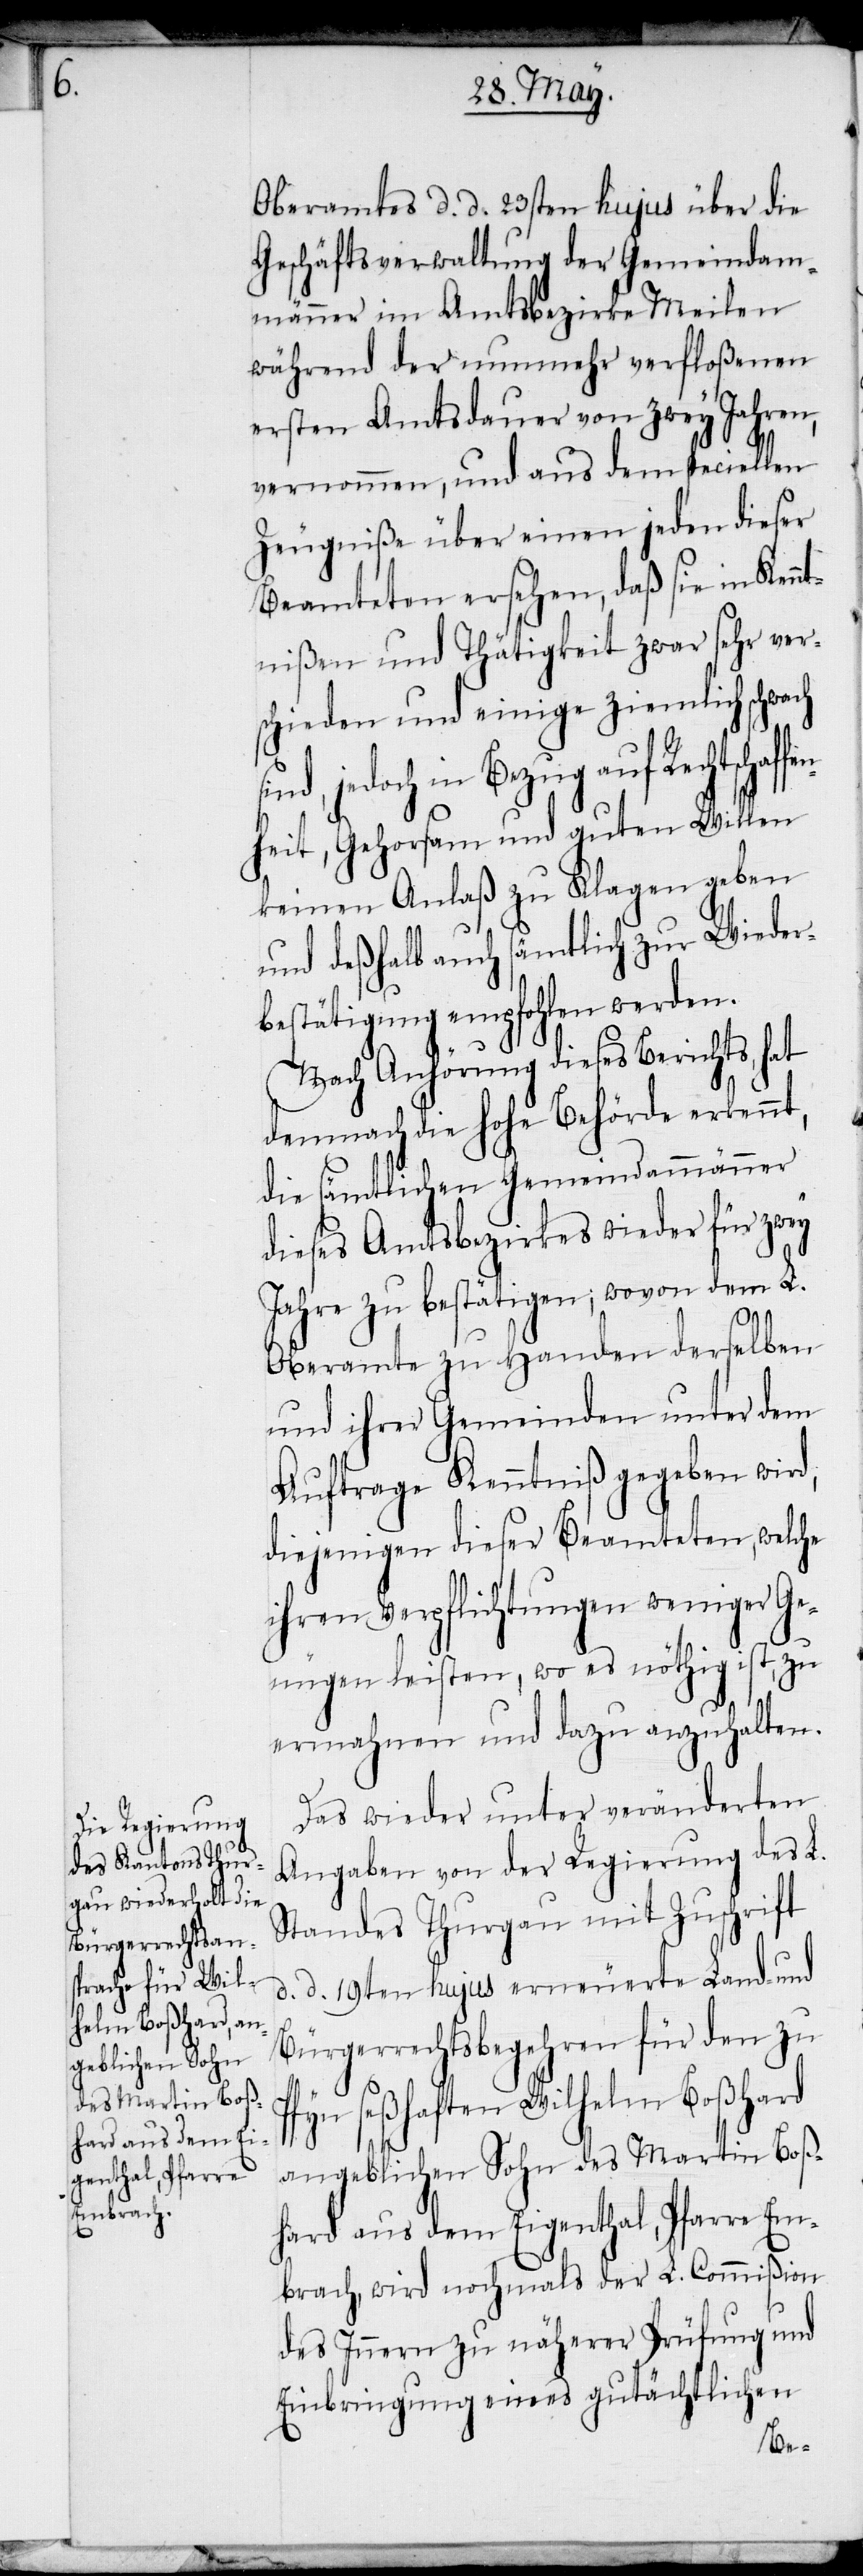
Oberamtes d. d. 23sten hujus über die
Geschäftsverwaltung der Gemeindam¬
männer im Amtsbezirke Meilen
während der nunmehr verfloßenen
ersten Amtsdauer von zwey Jahren,
vernommen, und aus dem speciellen
Zeugniße über einen jeden dieser
Beamteten ersehen, daß sie in Ken¬
ntnißen und Thätigkeit zwar sehr ver¬
schieden und einige ziemlich schwach
jedoch in Bezug auf Rechtschaf¬
nheit, Gehorsam und guten Willen
keinen Anlaß zu Klagen geben
und deßhalb auch sämtlich zur Wieder¬
bestätigung empfohlen werden.
Nach Anhörung dieses Berichts, hat
demnach die hohe Behörde erkennt,
die sämtlichen Gemeindammänner
dieses Amtsbezirkes wieder für zwey
Jahre zu bestätigen; wovon dem L.
Oberamte zu Handen derselben
und ihrer Gemeinden unter dem
Auftrage Kenntniß gegeben wird,
diejenigen dieser Beamteten, welche
ihren Verpflichtungen weniger Ge¬
nügen leisten, wo es nöthig ist, zu
ermahnen und dazu anzuhalten.
Das wieder unter veränderten
Angaben von der Regierung des L.
Standes Thurgau mit Zuschrift
d. d. 19ten hujus erneuerte Land- und
Bürgerrechtsbegehren für den zu
fe¬
Pfyn seßhaften Wilhelm Boßhard
angeblichen Sohn des Martin Boß¬
hard aus dem Eigenthal, Pfarre Em¬
brach, wird nochmals der L. Commißion
des Innern zu näherer Prüfung und
Einbringung eines gutächtlichen